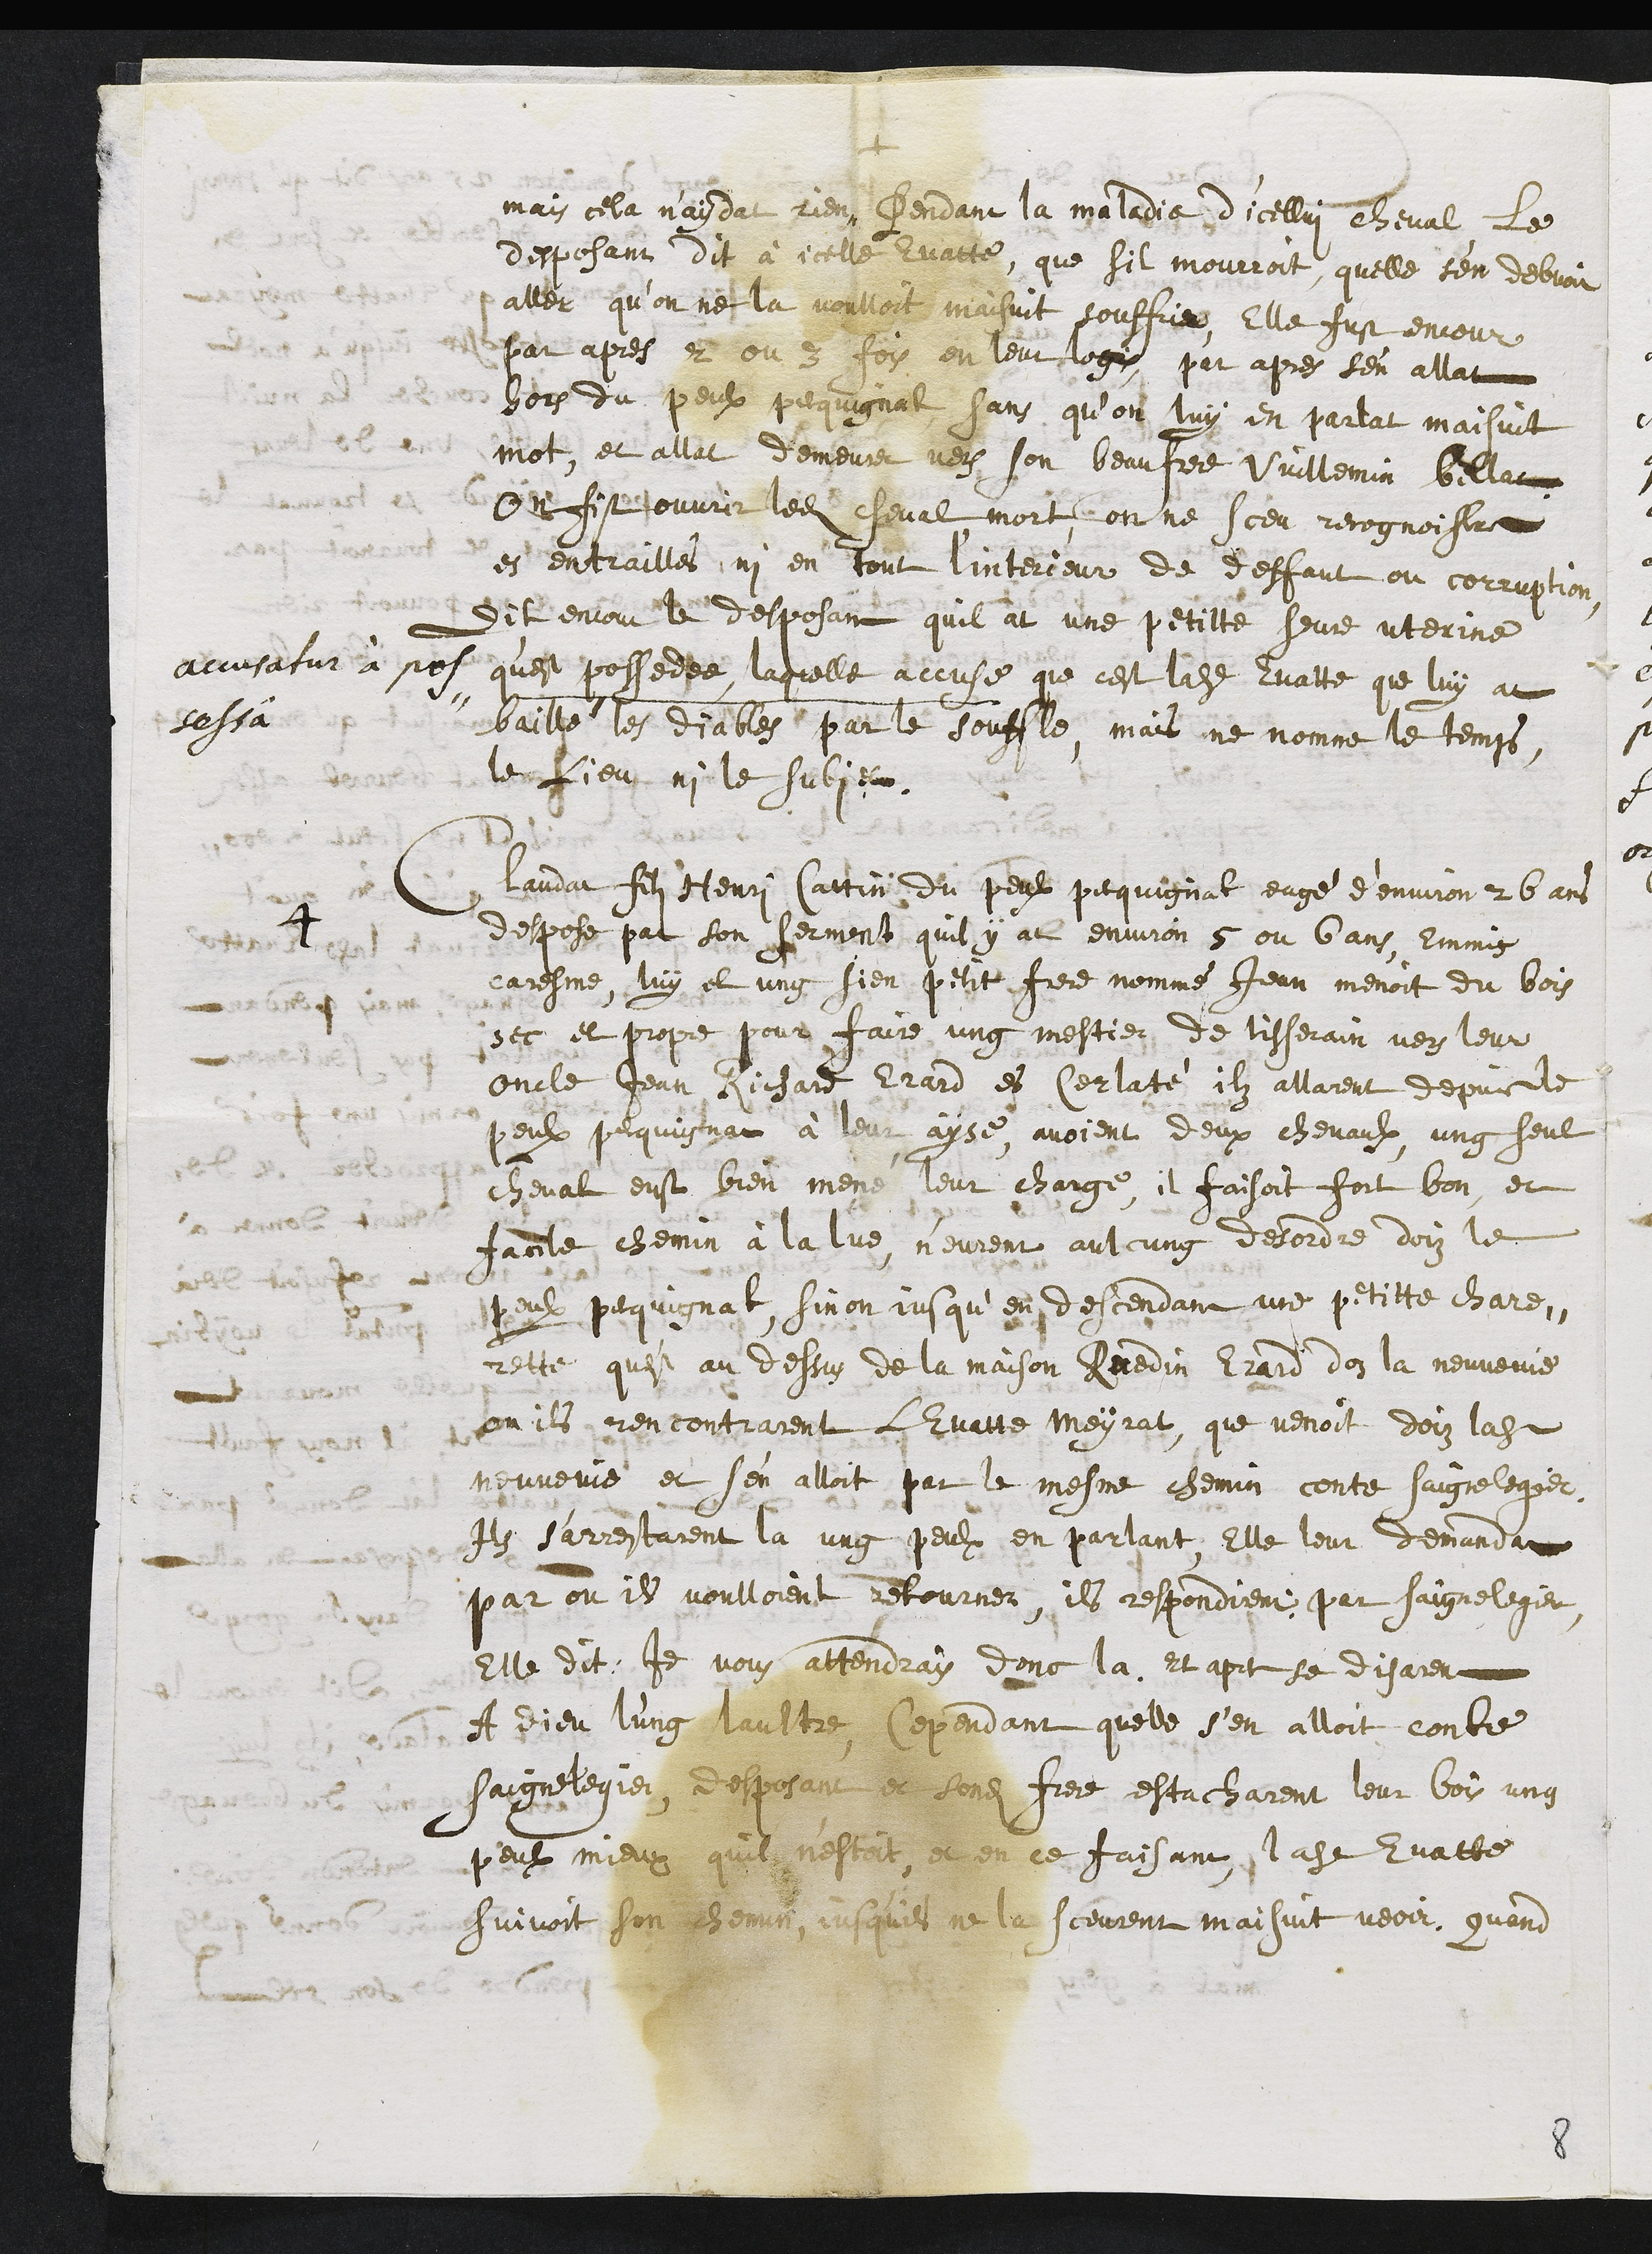
+
mais cela n'aydat rien, Pendant la maladie d'icellui cheval Le
desposant dit à icelle Evatte, que sil mourroit, quelle s'en debvoit
aller qu’on ne la voulloit maisuit souffrir, Elle fust encour
par apres 2 ou 3 fois en leur logis, par apres s'en allat
hors du peulx pecquignat, sans qu’on luy en parlat maisuit
mot, et allat demeurer vers son beaufrere Vuillemin billat
On fist ouvrir ledit cheval mort, on ne sceu recognoistre
es entrailles, ni en tout linterieur de deffaut ou corruption,
accusatur à pos¬
sessâ
Dit encour le desposant quil at une petitte seure uterine
qu'est possedee, laquelle accuse que cest ladite Evatte que luy at
baillé les diables par le souffle, mais ne nomme le temps,
le Lieu ni le subjet.
4
Claudat fils Henry Cattin du peulx pequignat eagé d’environ 26 ans
despose par son serment quil y at environ 5 ou 6 ans, Emmis
caresme, luy et ung sien petit frere nommé Jean menoit du bois
sec et propre pour faire ung mestier de tisserain vers leur
oncle Jean Richard Erard es Cerlaté, ilz allarent depuis le
peulx pequignat à leur ayse, avoient deux chevaulx ung seul
cheval eust bien mené leur charge, il faisoit fort bon et
facile chemin à la lue, n'eurent aulcung desordre doiz le
peul pequignat, sinon jusqu’en descendant une petitte chare¬
rette qu'est au dessus de la maison Ruedin Erard doz la neuvevie
ou ils rencontrarent LEvatte Meyrat, que venoit doiz ladite
neuvenie et s'en alloit par le mesme chemin contre Saignelegier.
Il s'arrestarent la ung peulx en parlant, Elle leur demandat
par ou il voulloient retourner, ils respondirent par Saignelegier
Elle dit, Je vous attendray donc la. Et apres se disarent
A dieu l'ung laultre, Cependant quelle s’en alloit contre
Saignelegier, desposant et sondit frere estacharent leur bois ung
peulx mieux quil n'estoit, et en ce faisant, ladite Evatte
suivoit son chemin, jusqu'ils ne la sceurent maisuit veoir. Quand
8